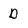
Character: D